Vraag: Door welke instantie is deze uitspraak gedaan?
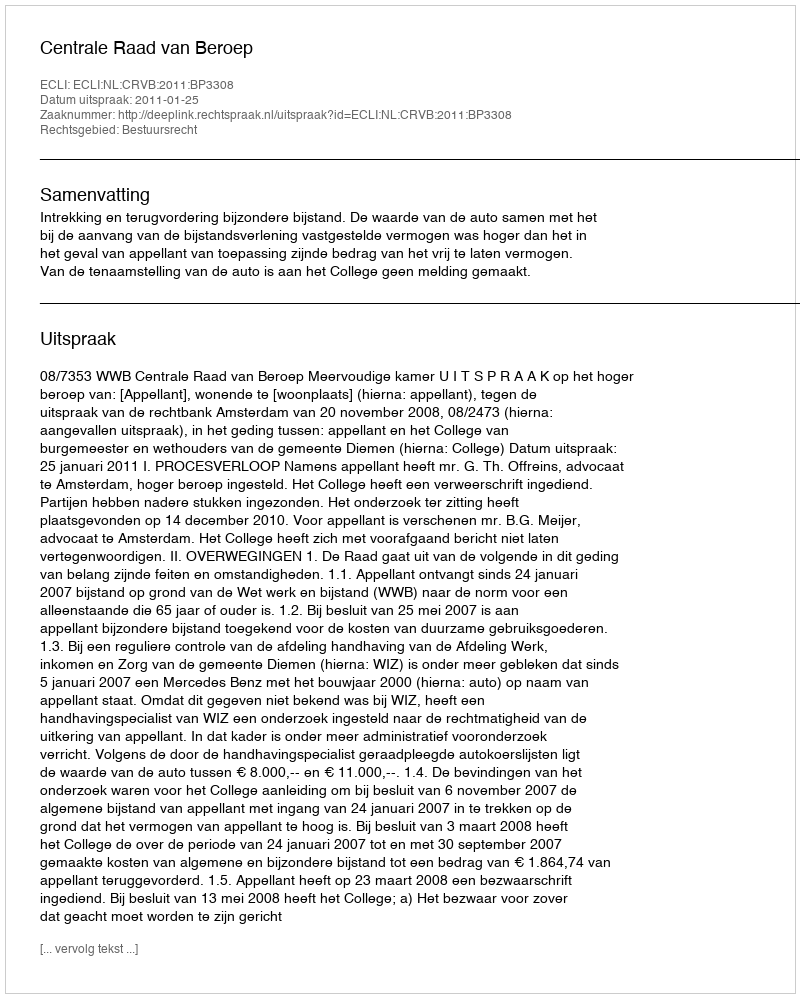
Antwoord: Centrale Raad van Beroep